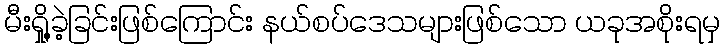
မီးရှို့ခဲ့ခြင်းဖြစ်ကြောင်း နယ်စပ်ဒေသများဖြစ်သော ယခုအစိုးရမှ